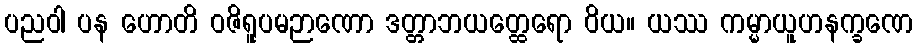
ပညဝါ ပန ဟောတိ ဝဇိရူပမဉာဏော ဒတ္တာဘယတ္ထေရော ဝိယ။ ယဿ ကမ္မာယူဟနက္ခဏေ